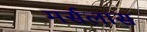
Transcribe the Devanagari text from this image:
मर्सलास